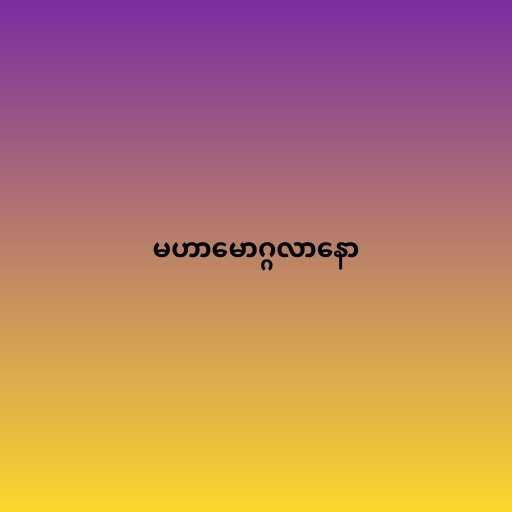
မဟာမောဂ္ဂလာနော